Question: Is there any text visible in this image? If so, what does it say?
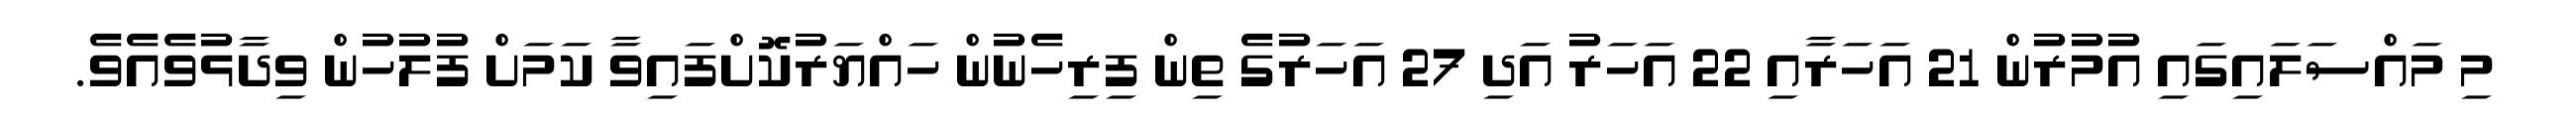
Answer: މި މައްސަލައިގައި އުމުރުން 21 އަހަރާއި 22 އަހަރު އަދި 27 އަހަރުގެ ތިން ފިރިހެނުން ހައްޔަރުކޮށްފައިވާ ކަމަށް ފުލުހުން ވިދާޅުވެއެވެ.